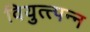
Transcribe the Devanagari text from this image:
वियुत्त्पन्न